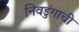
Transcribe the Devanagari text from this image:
निवडुंगाची